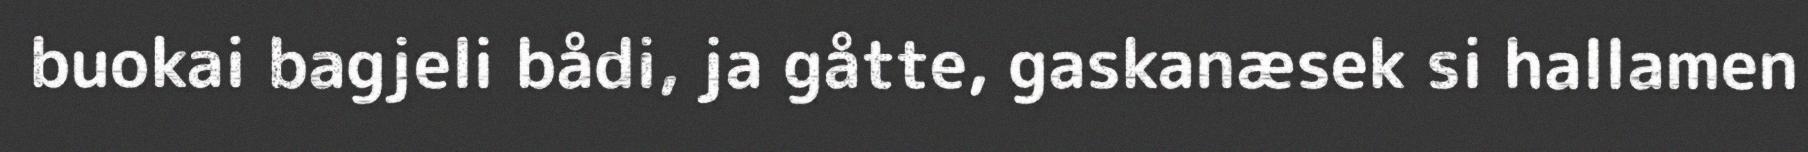
buokai bagjeli bådi, ja gåtte, gaskanæsek si hallamen